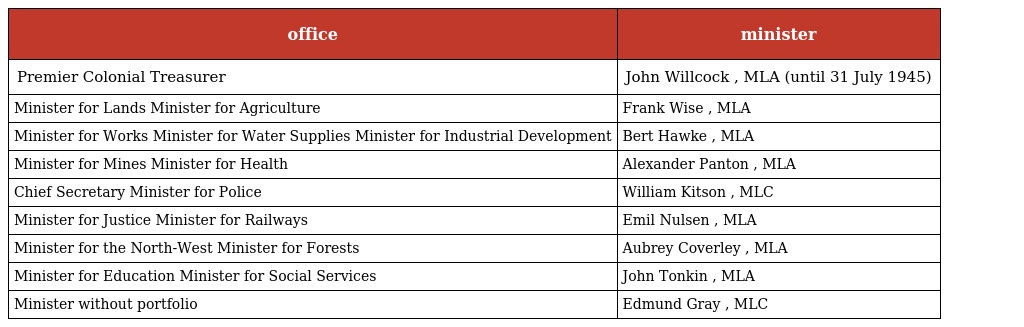
| office | minister |
 | --- | --- |
 | Premier Colonial Treasurer | John Willcock , MLA (until 31 July 1945) |
 | Minister for Lands Minister for Agriculture | Frank Wise , MLA |
 | Minister for Works Minister for Water Supplies Minister for Industrial Development | Bert Hawke , MLA |
 | Minister for Mines Minister for Health | Alexander Panton , MLA |
 | Chief Secretary Minister for Police | William Kitson , MLC |
 | Minister for Justice Minister for Railways | Emil Nulsen , MLA |
 | Minister for the North-West Minister for Forests | Aubrey Coverley , MLA |
 | Minister for Education Minister for Social Services | John Tonkin , MLA |
 | Minister without portfolio | Edmund Gray , MLC |